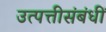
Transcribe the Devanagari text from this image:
उत्पत्तीसंबंधीं